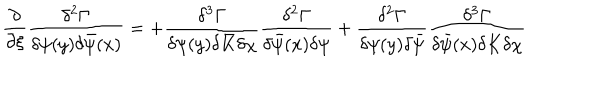
LaTeX: \frac { \partial } { \partial \xi } \frac { \delta ^ { 2 } \Gamma } { \delta \psi ( y ) \delta \bar { \psi } ( x ) } = + \frac { \delta ^ { 3 } \Gamma } { \delta \psi ( y ) \delta \bar { K } \delta \chi } \frac { \delta ^ { 2 } \Gamma } { \delta \bar { \psi } ( x ) \delta \psi } + \frac { \delta ^ { 2 } \Gamma } { \delta \psi ( y ) \delta \bar { \psi } } \frac { \delta ^ { 3 } \Gamma } { \delta \bar { \psi } ( x ) \delta K \delta \chi }